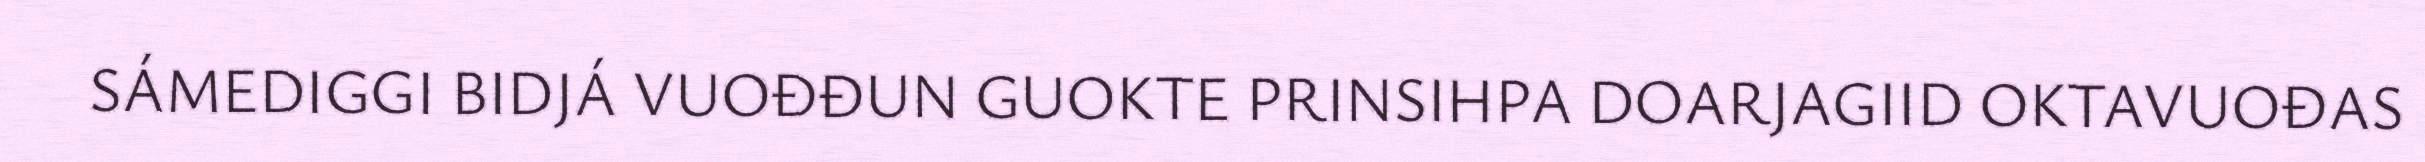
SÁMEDIGGI BIDJÁ VUOĐĐUN GUOKTE PRINSIHPA DOARJAGIID OKTAVUOĐAS